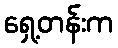
ရှေ့တန်းက